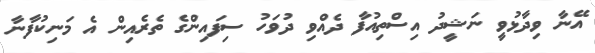
އޭނާ ވިދާޅުވީ ނަޝީދު އިސްތިއުފާ ދެއްވި ދުވަހު ސިފައިންގެ ތެރެއިން އެ މަނިކުފާނާ